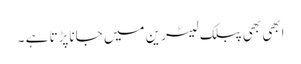
ابھی بھی پبلک لیٹرین میں جاناپڑتا ہے ۔